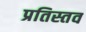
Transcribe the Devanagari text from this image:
प्रतिस्तव